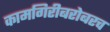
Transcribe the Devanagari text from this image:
कामगिरीबरोबरच